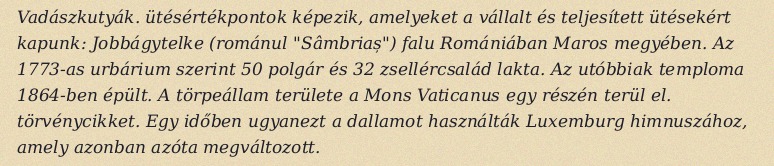
Vadászkutyák. ütésértékpontok képezik, amelyeket a vállalt és teljesített ütésekért kapunk: Jobbágytelke (románul "Sâmbriaș") falu Romániában Maros megyében. Az 1773-as urbárium szerint 50 polgár és 32 zsellércsalád lakta. Az utóbbiak temploma 1864-ben épült. A törpeállam területe a Mons Vaticanus egy részén terül el. törvénycikket. Egy időben ugyanezt a dallamot használták Luxemburg himnuszához, amely azonban azóta megváltozott.